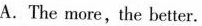
A.The more,the better.